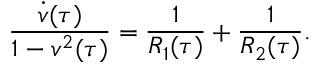
\frac { \dot { v } ( \tau ) } { 1 - v ^ { 2 } ( \tau ) } = \frac { 1 } { R _ { 1 } ( \tau ) } + \frac { 1 } { R _ { 2 } ( \tau ) } .